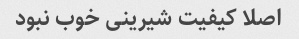
اصلا کیفیت شیرینی خوب نبود